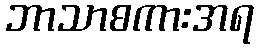
ဘာသာစကားအရ